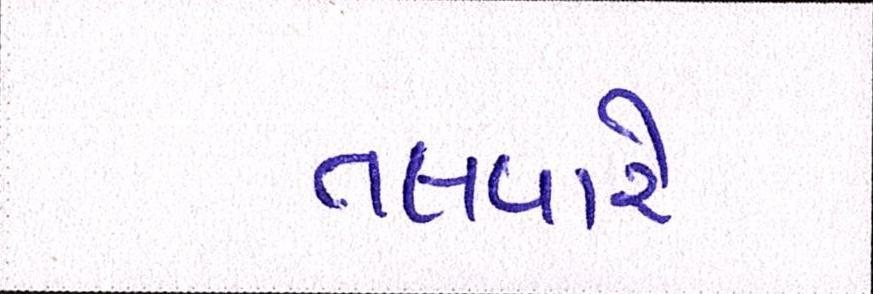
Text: તલવારે